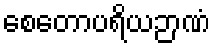
စေတောပရိယဉာဏံ